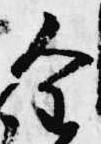
全